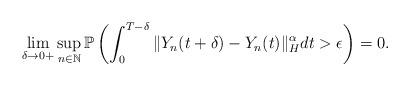
LaTeX: \begin{align*}\lim_{\delta\rightarrow 0+} \sup_{n\in\mathbb{N}} \mathbb{P} \left( \int_0^{T-\delta} \Vert Y_n (t+\delta) - Y_n (t) \Vert_{H}^{\alpha} dt > \epsilon \right) = 0 .\end{align*}